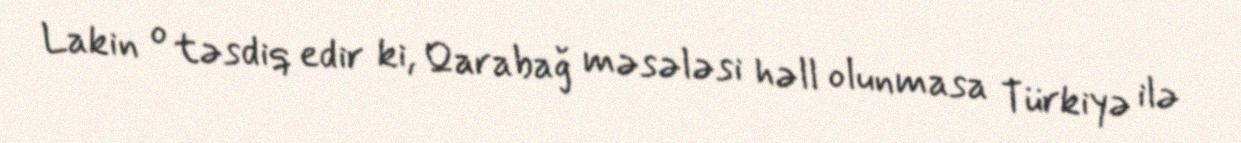
Lakin o təsdiq edir ki, Qarabağ məsələsi həll olunmasa Türkiyə ilə